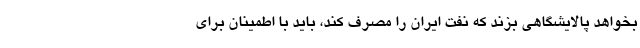
بخواهد پالایشگاهی بزند که نفت ایران را مصرف کند، باید با اطمینان برای